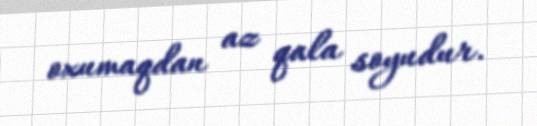
oxumaqdan az qala soyudur.